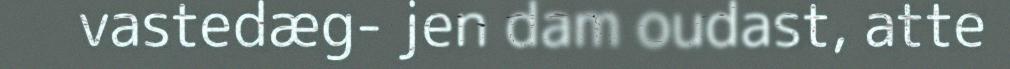
vastedæg- jen dam oudast, atte